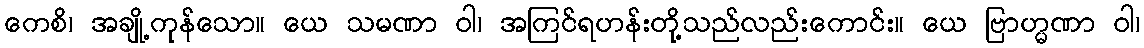
ကေစိ၊ အချို့ကုန်သော။ ယေ သမဏာ ဝါ၊ အကြင်ရဟန်းတို့သည်လည်းကောင်း။ ယေ ဗြာဟ္မဏာ ဝါ၊